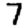
Digit: 7